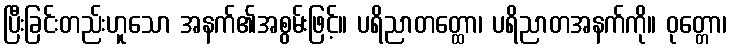
ပြီးခြင်းတည်းဟူသော အနက်၏အစွမ်းဖြင့်။ ပရိညာတတ္ထော၊ ပရိညာတအနက်ကို။ ဝုတ္တော၊